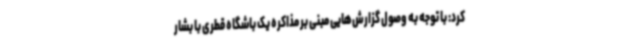
کرد: با توجه به وصول گزارش‌هایی مبنی بر مذاکره یک باشگاه قطری با بشار